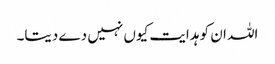
اللہ ان کو ہدایت کیوں نہیں دے دیتا۔